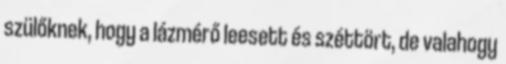
szülőknek, hogy a lázmérő leesett és széttört, de valahogy